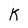
Character: K